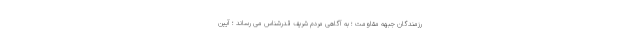
رزمندگان جبهه مقاومت ؛ به آگاهی مردم شریف قدرشناس می رساند ؛ آیین